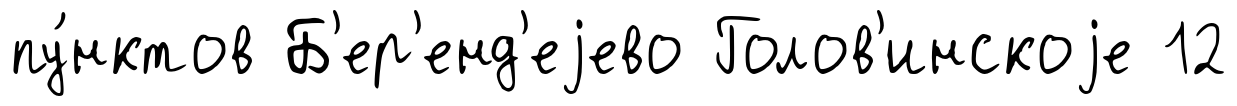
пу́нктов Б'ер'енд'еjево Голов'инскоjе 12